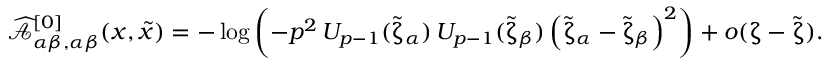
\begin{array} { r } { \widehat { { \mathcal A } } _ { \alpha \beta , \alpha \beta } ^ { [ 0 ] } ( x , \tilde { x } ) = - \log \left( - p ^ { 2 } \, U _ { p - 1 } ( \tilde { \upzeta } _ { \alpha } ) \, U _ { p - 1 } ( \tilde { \upzeta } _ { \beta } ) \left( \tilde { \upzeta } _ { \alpha } - \tilde { \upzeta } _ { \beta } \right) ^ { 2 } \right) + o ( \upzeta - \tilde { \upzeta } ) . } \end{array}